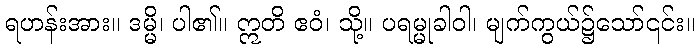
ရဟန်းအား။ ဒမ္မိ၊ ပါ၏။ ဣတိ ဧဝံ၊ သို့။ ပရမ္မုခါဝါ၊ မျက်ကွယ်၌သော်၎င်း။